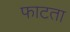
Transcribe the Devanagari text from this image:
फाटता